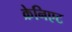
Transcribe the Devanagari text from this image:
क्रेनिएट